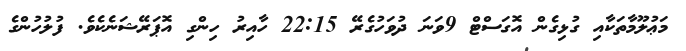
މަޢުލޫމާތަކާއި ގުޅިގެން އޮގަސްޓް 9ވަނަ ދުވަހުގެރޭ 22:15 ހާއިރު ހިންގި އޮޕަރޭޝަނެކެވެ. ފުލުހުންގެ